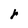
Character: r